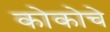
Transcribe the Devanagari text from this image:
कोकोचे